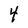
Character: 4